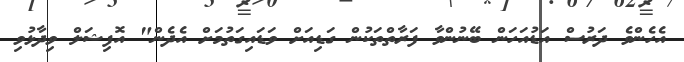
އެހެންވެ ދަރުސް އަޑުއަހަން ބޭނުންވާ ފަރާތްތަކުން ގަޑިއަށް ވަޑައިގަތުމަށް އެދެން" އޮފިޝަލް ވިދާޅުވި